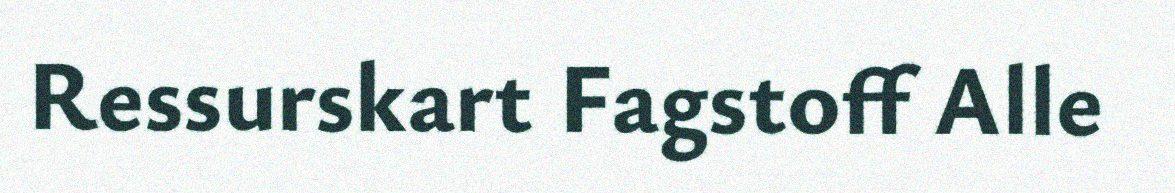
Ressurskart Fagstoff Alle